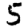
Digit: 5